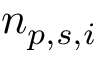
n _ { p , s , i }